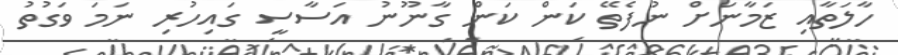
ހާލަތާއި ޒަމާނަށް ނުފެތޭ ކަން ކަން ގާނޫނު އަސާސީ ގައިހުރި ނަމަ ވަގުތު